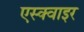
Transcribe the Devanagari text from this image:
एस्क्वाइर